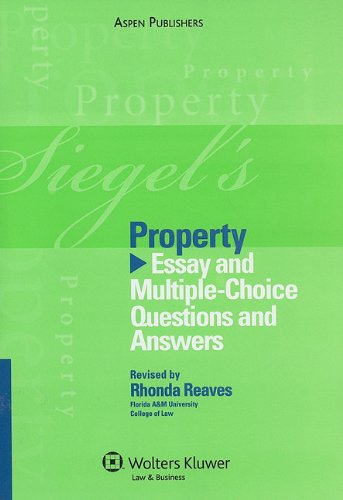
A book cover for Siegel's Property: Essay and Multiple-Choice Questions and Answers; Brian N. Siegel; Law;